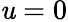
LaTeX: \mathit{u}=0